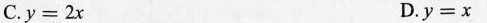
C.$$y=2x$$ D.$$y=x$$